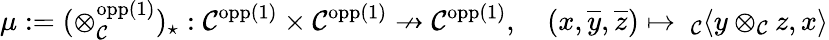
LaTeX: \mu:=(\otimes_{\mathcal{C}}^{\textnormal{opp}(1)})_{\star}:\mathcal{C}^{\textnormal{opp}(1)}\times\mathcal{C}^{\textnormal{opp}(1)}\nrightarrow\mathcal{C}^{\textnormal{opp}(1)},\quad(x,\overline{{y}},\overline{{z}})\mapsto\ _{\mathcal{C}}\langle y\otimes_{\mathcal{C}}z,x\rangle